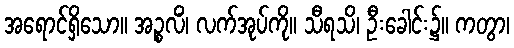
အရောင်ရှိသော။ အဉ္စလိံ၊ လက်အုပ်ကို။ သီရသိ၊ ဦးခေါင်း၌။ ကတွာ၊